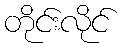
တိုင်းလိုင်